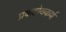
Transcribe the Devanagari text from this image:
प्रकटोयकर्ण